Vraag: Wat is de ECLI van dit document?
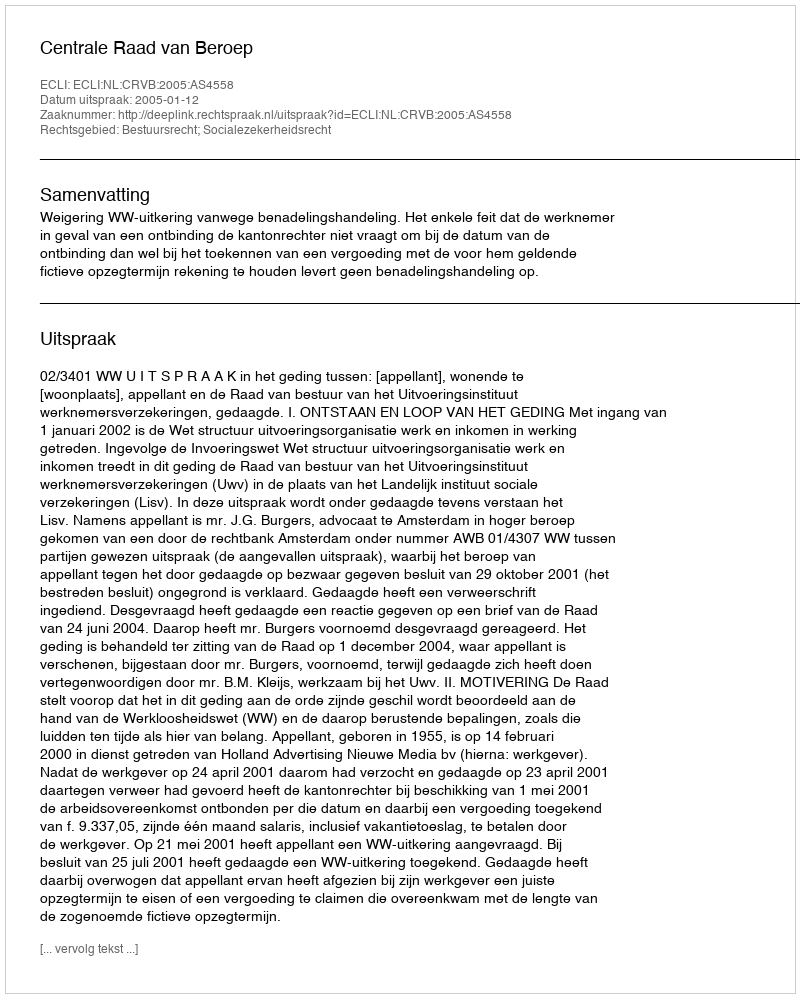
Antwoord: ECLI:NL:CRVB:2005:AS4558